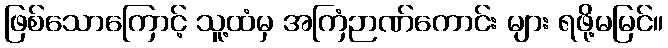
ဖြစ်သောကြောင့် သူ့ထံမှ အကြံဉာဏ်ကောင်း များ ရဖို့မမြင်။